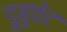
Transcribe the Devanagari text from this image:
डुबुफेट